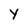
Character: Y